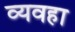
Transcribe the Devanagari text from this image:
व्यवहा